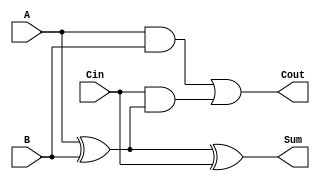
module LowPowerFullAdder (
    input wire A,     // First input bit
    input wire B,     // Second input bit
    input wire Cin,   // Carry-in bit
    output wire Sum,  // Sum output
    output wire Cout  // Carry-out output
);

    // Internal signals
    wire AxorB;       // Intermediate signal for A XOR B

    // Calculate Sum using XOR gates
    assign AxorB = A ^ B;  // A XOR B
    assign Sum = AxorB ^ Cin; // S = (A XOR B) XOR Cin

    // Calculate Carry-out using AND and OR gates
    assign Cout = (A & B) | (Cin & AxorB); // Cout = (A AND B) OR (Cin AND (A XOR B))

endmodule